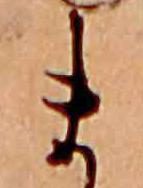
ま